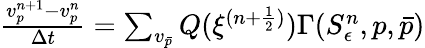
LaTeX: \begin{array}{r}{\frac{v_{p}^{n+1}-v_{p}^{n}}{\Delta t}=\sum_{v_{\bar{p}}}Q(\xi^{(n+\frac{1}{2})})\Gamma(S_{\epsilon}^{n},p,\bar{p})}\end{array}